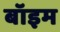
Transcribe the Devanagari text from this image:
बॉइम